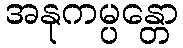
အနုကမ္ပန္တော